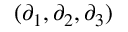
( \partial _ { 1 } , \partial _ { 2 } , \partial _ { 3 } )